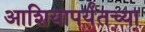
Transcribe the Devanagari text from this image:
आशियापर्यंतच्या